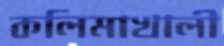
কলিমাখালী